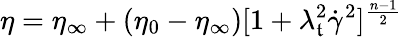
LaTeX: \eta=\eta_{\infty}+(\eta_{0}-\eta_{\infty})[1+\lambda_{\mathfrak{t}}^{2}\dot{{\gamma}}^{2}]^{\frac{{n-1}}{{2}}}